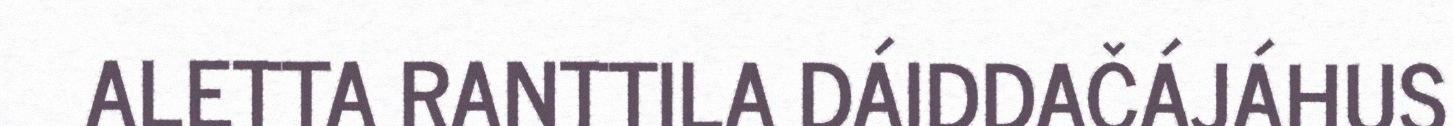
ALETTA RANTTILA DÁIDDAČÁJÁHUS